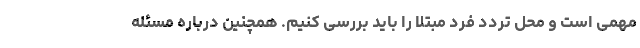
مهمی است و محل تردد فرد مبتلا را باید بررسی کنیم. همچنین درباره مسئله